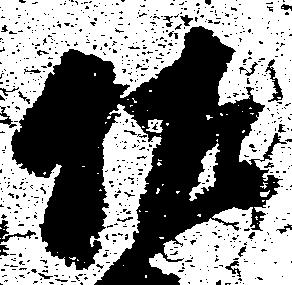
佐